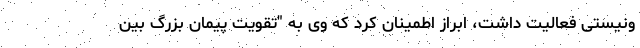
ونیستی فعالیت داشت، ابراز اطمینان کرد که وی به "تقویت پیمان بزرگ بین